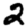
Digit: 2